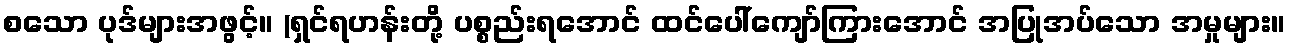
စသော ပုဒ်များအဖွင့်။ (ရှင်ရဟန်းတို့ ပစ္စည်းရအောင် ထင်ပေါ်ကျော်ကြားအောင် အပြုအပ်သော အမှုများ။